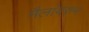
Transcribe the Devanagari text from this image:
मैलांवरुन